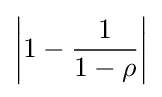
\left|1-{\frac {1}{1-\rho }}\right|